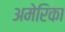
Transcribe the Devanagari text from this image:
अमेेेेरिका